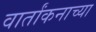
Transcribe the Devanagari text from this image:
वार्तांकनाच्या